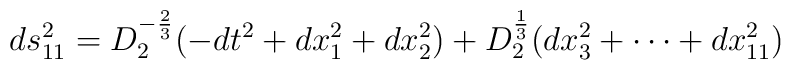
ds^2_{11}= D^{-{2\over 3}}_2(-dt^2+dx^2_1+dx^2_2)+D^{1\over 3}_2 (dx^2_3+\cdots +dx^2_{11})